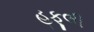
હફૂલી